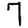
Digit: 7